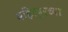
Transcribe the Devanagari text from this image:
महित्पुरच्या